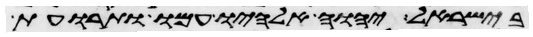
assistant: בישראל יהוה אלהיו עמו ותרועת